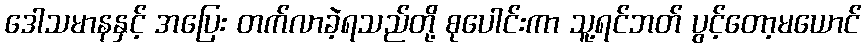
ဒေါသမာနနှင့် အပြေး တက်လာခဲ့ရသည်တို့ စုပေါင်းကာ သူ့ရင်ဘတ် ပွင့်တော့မယောင်